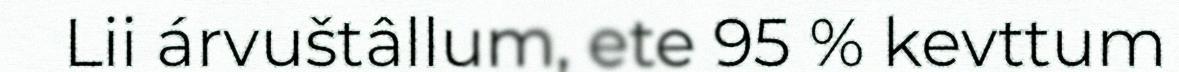
Lii árvuštâllum, ete 95 % kevttum